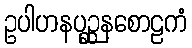
ဥပါဟနပုဉ္ဆနစောဠကံ